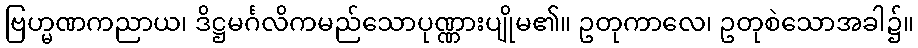
ဗြဟ္မဏကညာယ၊ ဒိဋ္ဌမင်္ဂလိကမည်သောပုဏ္ဏားပျိုမ၏။ ဥတုကာလေ၊ ဥတုစဲသောအခါ၌။